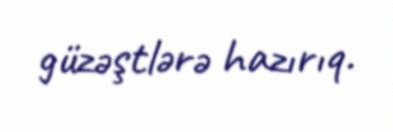
güzəştlərə hazırıq.